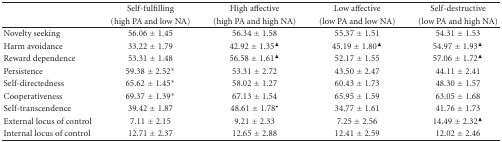
<table><thead><tr><td rowspan="2"></td><td><b>Self-fulfilling</b></td><td><b>High affective</b></td><td><b>Low affective</b></td><td><b>Self-destructive</b></td></tr><tr><td><b>(high PA and low NA)</b></td><td><b>(high PA and high NA)</b></td><td><b>(low PA and low NA)</b></td><td><b>(low PA and high NA)</b></td></tr></thead><tbody><tr><td>Novelty seeking</td><td>56.06 ± 1.45</td><td>56.34 ± 1.58</td><td>55.37 ± 1.51</td><td>54.31 ± 1.53</td></tr><tr><td>Harm avoidance</td><td>33.22 ± 1.79</td><td>42.92 ± 1.35<sup>▲</sup></td><td>45.19 ± 1.80<sup>▲</sup></td><td>54.97 ± 1.93<sup>▲</sup></td></tr><tr><td>Reward dependence</td><td>53.31 ± 1.48</td><td>56.58 ± 1.61<sup>▲</sup></td><td>52.17 ± 1.55</td><td>57.06 ± 1.72<sup>▲</sup></td></tr><tr><td>Persistence</td><td>59.38 ± 2.52<sup>∗</sup></td><td>53.31 ± 2.72</td><td>43.50 ± 2.47</td><td>44.11 ± 2.41</td></tr><tr><td>Self-directedness</td><td>65.62 ± 1.45<sup>∗</sup></td><td>58.02 ± 1.27</td><td>60.43 ± 1.73</td><td>48.30 ± 1.57</td></tr><tr><td>Cooperativeness</td><td>69.37 ± 1.39<sup>∗</sup></td><td>67.13 ± 1.54</td><td>65.95 ± 1.59</td><td>63.05 ± 1.68</td></tr><tr><td>Self-transcendence</td><td>39.42 ± 1.87</td><td>48.61 ± 1.78<sup>●</sup></td><td>34.77 ± 1.61</td><td>41.76 ± 1.73</td></tr><tr><td>External locus of control</td><td>7.11 ± 2.15</td><td>9.21 ± 2.33</td><td>7.25 ± 2.56</td><td>14.49 ± 2.32<sup>▲</sup></td></tr><tr><td>Internal locus of control</td><td>12.71 ± 2.37</td><td>12.65 ± 2.88</td><td>12.41 ± 2.59</td><td>12.02 ± 2.46</td></tr></tbody></table>